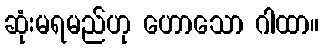
ဆုံးမရမည်ဟု ဟောသော ဂါထာ။